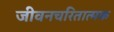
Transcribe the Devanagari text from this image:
जीवनचरितात्मक